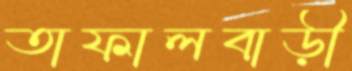
তাফালবাড়ী